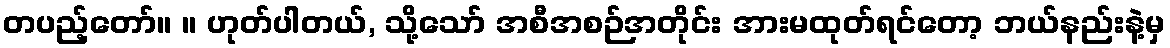
တပည့်တော်။ ။ ဟုတ်ပါတယ်, သို့သော် အစီအစဉ်အတိုင်း အားမထုတ်ရင်တော့ ဘယ်နည်းနဲ့မှ